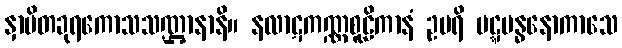
နှာပိတခုရကောသသဏ္ဌာနာနိ။ နလာဋကဏ္ဏစူဠိကာနံ ဥပရိ ပဋ္ဋဗန္ဓနောကာသေ